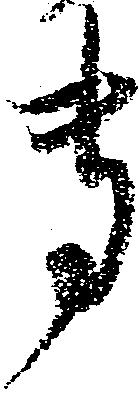
専